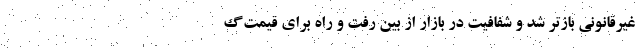
غیرقانونی بازتر شد و شفافیت در بازار از بین رفت و راه برای قیمت‌گ